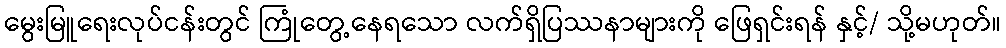
မွေးမြူရေးလုပ်ငန်းတွင် ကြုံတွေ့နေရသော လက်ရှိပြဿနာများကို ဖြေရှင်းရန် နှင့်/ သို့မဟုတ်။